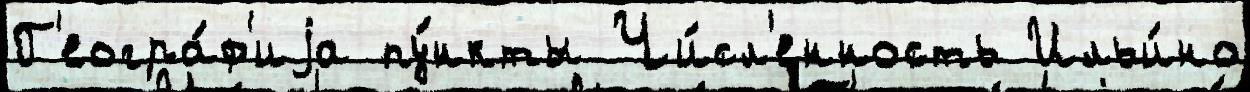
Г'еогра́ф'иjа пу́нкты Чи́сл'енность Ильи́но